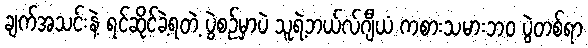
ချက်အသင်းနဲ့ ရင်ဆိုင်ခဲ့ရတဲ့ ပွဲစဉ်မှာပဲ သူရဲ့ဘယ်လ်ဂျီယံ ကစားသမားဘဝ ပွဲတစ်ရာ